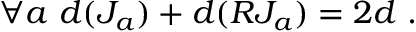
\forall a ~ d ( J _ { a } ) + d ( R J _ { a } ) = 2 d ~ .